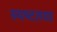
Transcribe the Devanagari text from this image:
स्‍पष्‍टतया